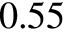
0 . 5 5